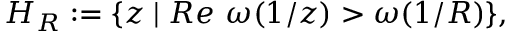
H _ { R } : = \{ z \mid R e \ \omega ( 1 / z ) > \omega ( 1 / R ) \} ,